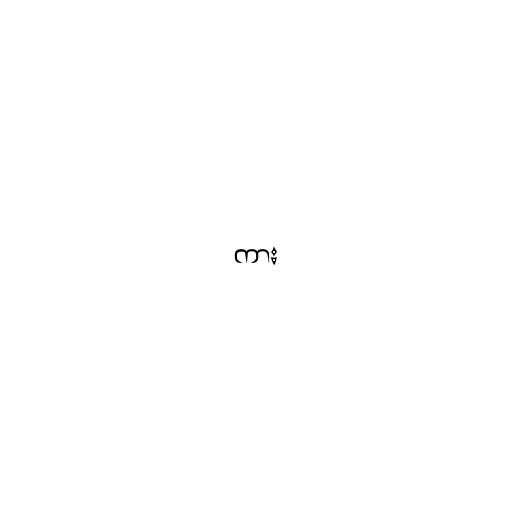
ကား